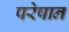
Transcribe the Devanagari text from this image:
परेषान